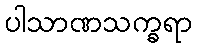
ပါသာဏသက္ခရာ